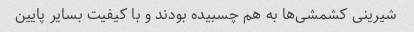
شیرینی کشمشی‌ها به هم چسبیده بودند و با کیفیت بسایر پایین